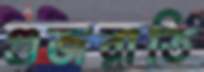
গুজরাতি